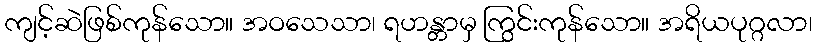
ကျင့်ဆဲဖြစ်ကုန်သော။ အဝသေသာ၊ ရဟန္တာမှ ကြွင်းကုန်သော။ အရိယပုဂ္ဂလာ၊